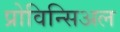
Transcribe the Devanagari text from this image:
प्रोविन्सिअल